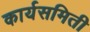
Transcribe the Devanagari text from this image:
कार्यसमिती